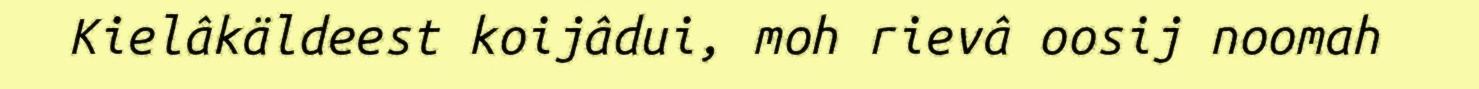
Kielâkäldeest koijâdui, moh rievâ oosij noomah